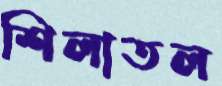
শিলাতল